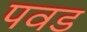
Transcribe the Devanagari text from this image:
पवड